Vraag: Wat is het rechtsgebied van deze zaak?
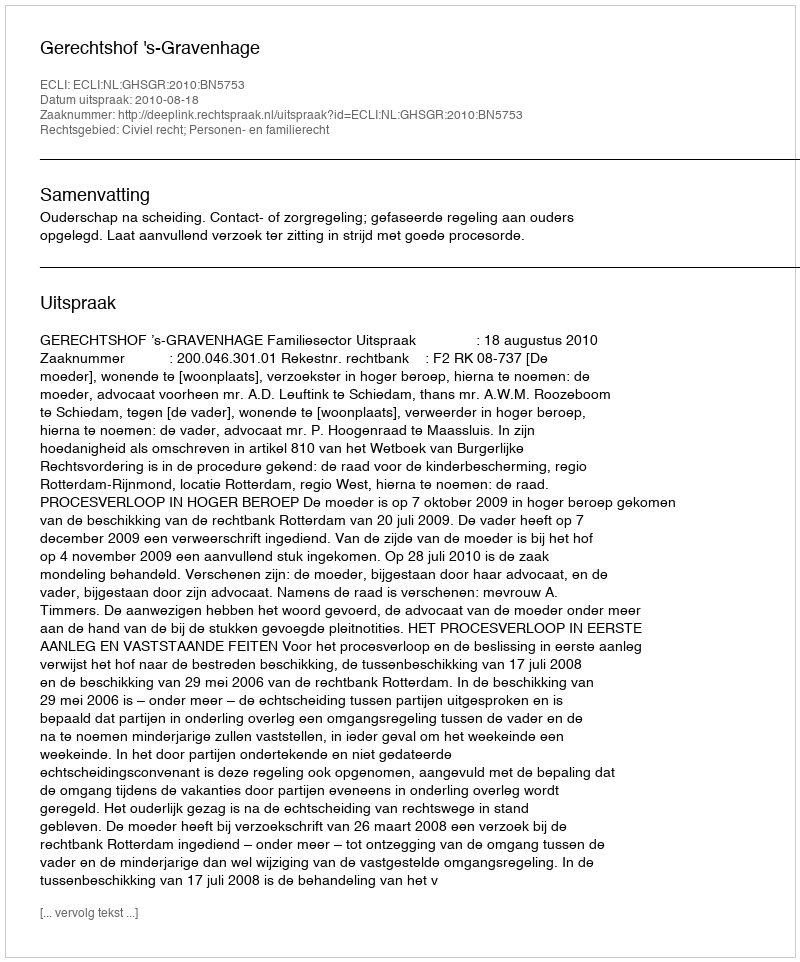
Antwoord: Civiel recht; Personen- en familierecht